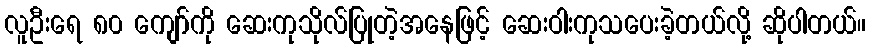
လူဦးရေ ၈၀ ကျော်ကို ဆေးကုသိုလ်ပြုတဲ့အနေဖြင့် ဆေးဝါးကုသပေးခဲ့တယ်လို့ ဆိုပါတယ်။